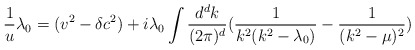
\begin{align*}\frac{1}{u} \lambda_0 = (v^2 - \delta c^2)+i\lambda_0\int \frac{d^d k}{(2\pi)^d}(\frac{1}{k^2(k^2- \lambda_0)} - \frac{1}{(k^2-\mu)^2})\end{align*}